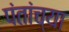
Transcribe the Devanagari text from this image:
पंतांच्या